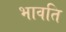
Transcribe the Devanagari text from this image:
भावति